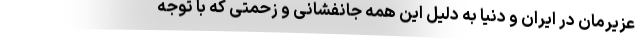
عزیرمان در ایران و دنیا به دلیل این همه جانفشانی و زحمتی که با توجه